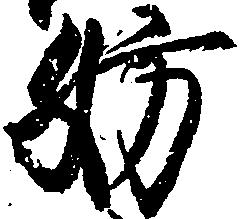
妨